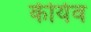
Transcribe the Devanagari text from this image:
कीयेव